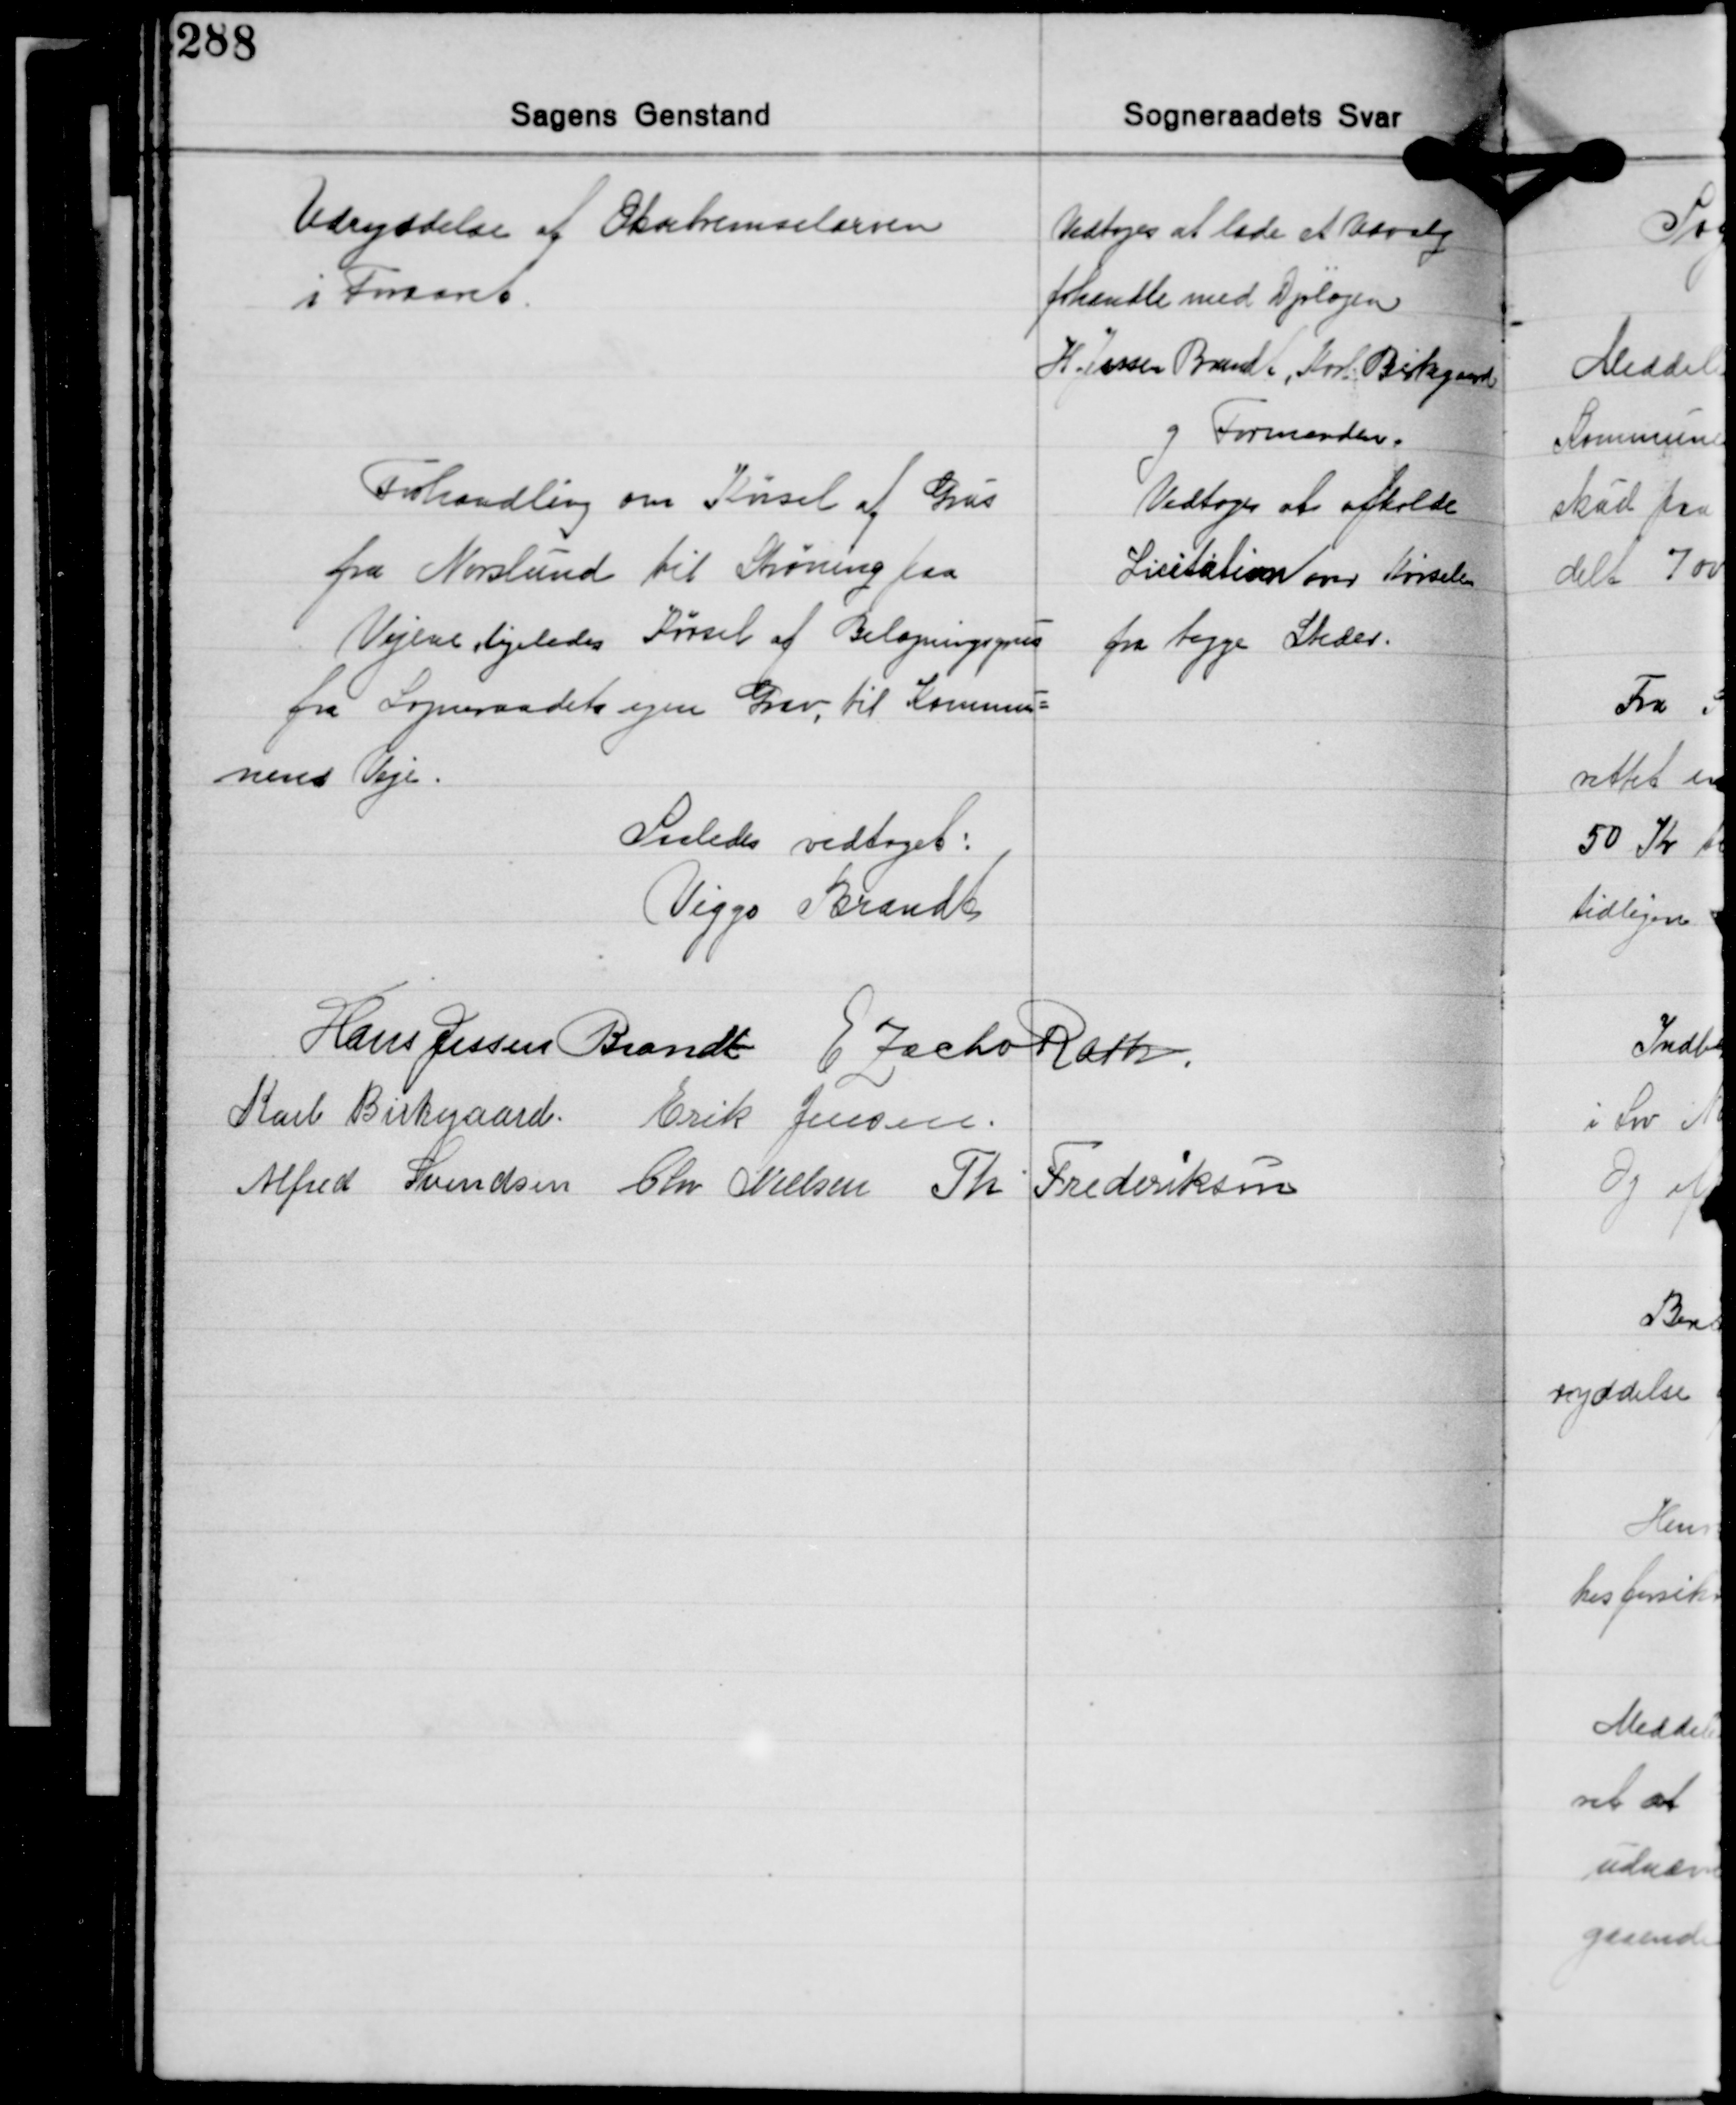
Transskription:
Udryddelse af Oksebremselarven
i Foraaret

Vedtoges at lade et Udvalg
forhandle med Dyrlægen
H. Jessen Brandt, Karl Birkegaard
og Formanden.

Forhandling om Kørsel af Grus
fra Norslund til Strøning paa
Vejene ligeledes Kørsel af Belægningsgrus
fra Sogneraadets egen Grav, til Kommu-
nens Veje.

Vedtoges at afholde
Licitation over Kørselen
fra begge Steder.

Saaledes vedtaget:
Viggo Brandt

Hans Jessen Brandt E Zacho Rath
Karl Birkegaard Erik Jensen
Alfred Svendsen Chr. Nielsen Th. Frederiksen